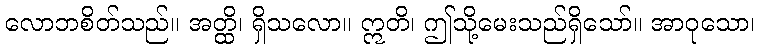
လောဘစိတ်သည်။ အတ္ထိ၊ ရှိသလော။ ဣတိ၊ ဤသို့မေးသည်ရှိသော်။ အာဝုသော၊